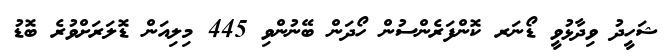
ޝަހީދު ވިދާޅުވީ ޑޯނަރ ކޮންފަރެންސުން ހޯދަން ބޭނުންވި 445 މިލިއަން ޑޮލަރަށްވުރެ ބޮޑު